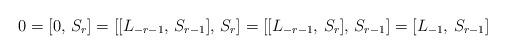
LaTeX: \begin{align*} 0 = [0, \, S_r] = [[L_{-r-1}, \, S_{r-1}], \, S_r] = [[L_{-r-1}, \, S_{r}], \, S_{r-1}] = [L_{-1}, \, S_{r-1}]\end{align*}